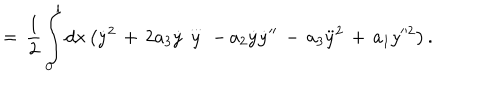
= \, \frac { 1 } { 2 } \int _ { 0 } ^ { l } d x \left( \dot { y } ^ { 2 } \, + \, 2 a _ { 3 } \dot { y } \stackrel { \ldots } { y } \, - \, a _ { 2 } \dot { y } \dot { y } ^ { \prime \prime } \, - \, a _ { 3 } \ddot { y } ^ { 2 } \, + \, a _ { 1 } y ^ { 2 } \right) .